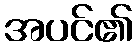
အပင်၏